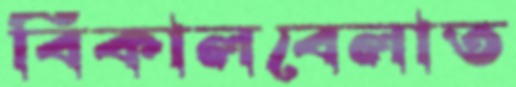
বিকালবেলাত